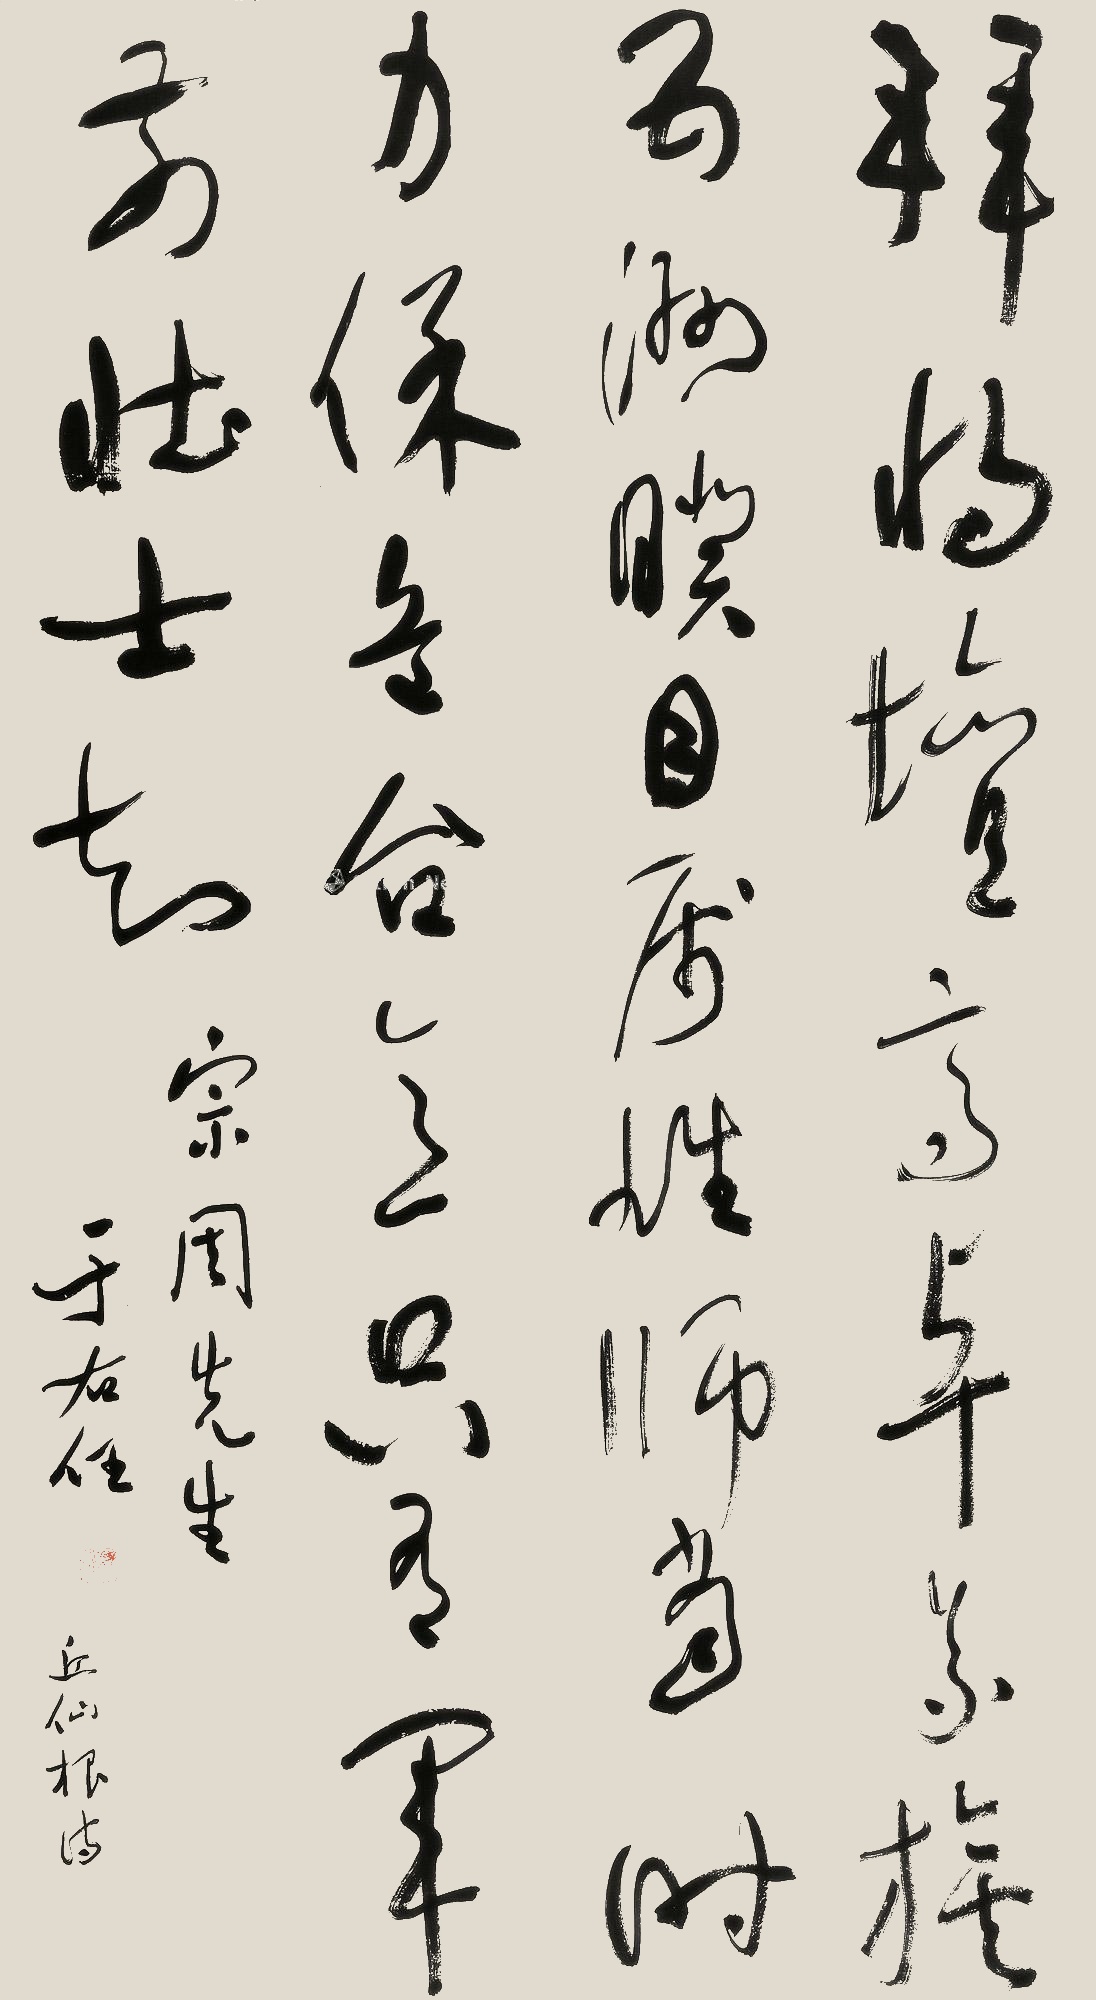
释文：拜将坛高卓义旗，五洲睽目属雄师，当时力保危台意，只为军前壮士知。宗周先生，于右任。丘仙根诗。